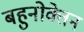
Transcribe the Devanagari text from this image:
बहुनोक्तेन